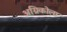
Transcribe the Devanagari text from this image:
अग्रिकोला